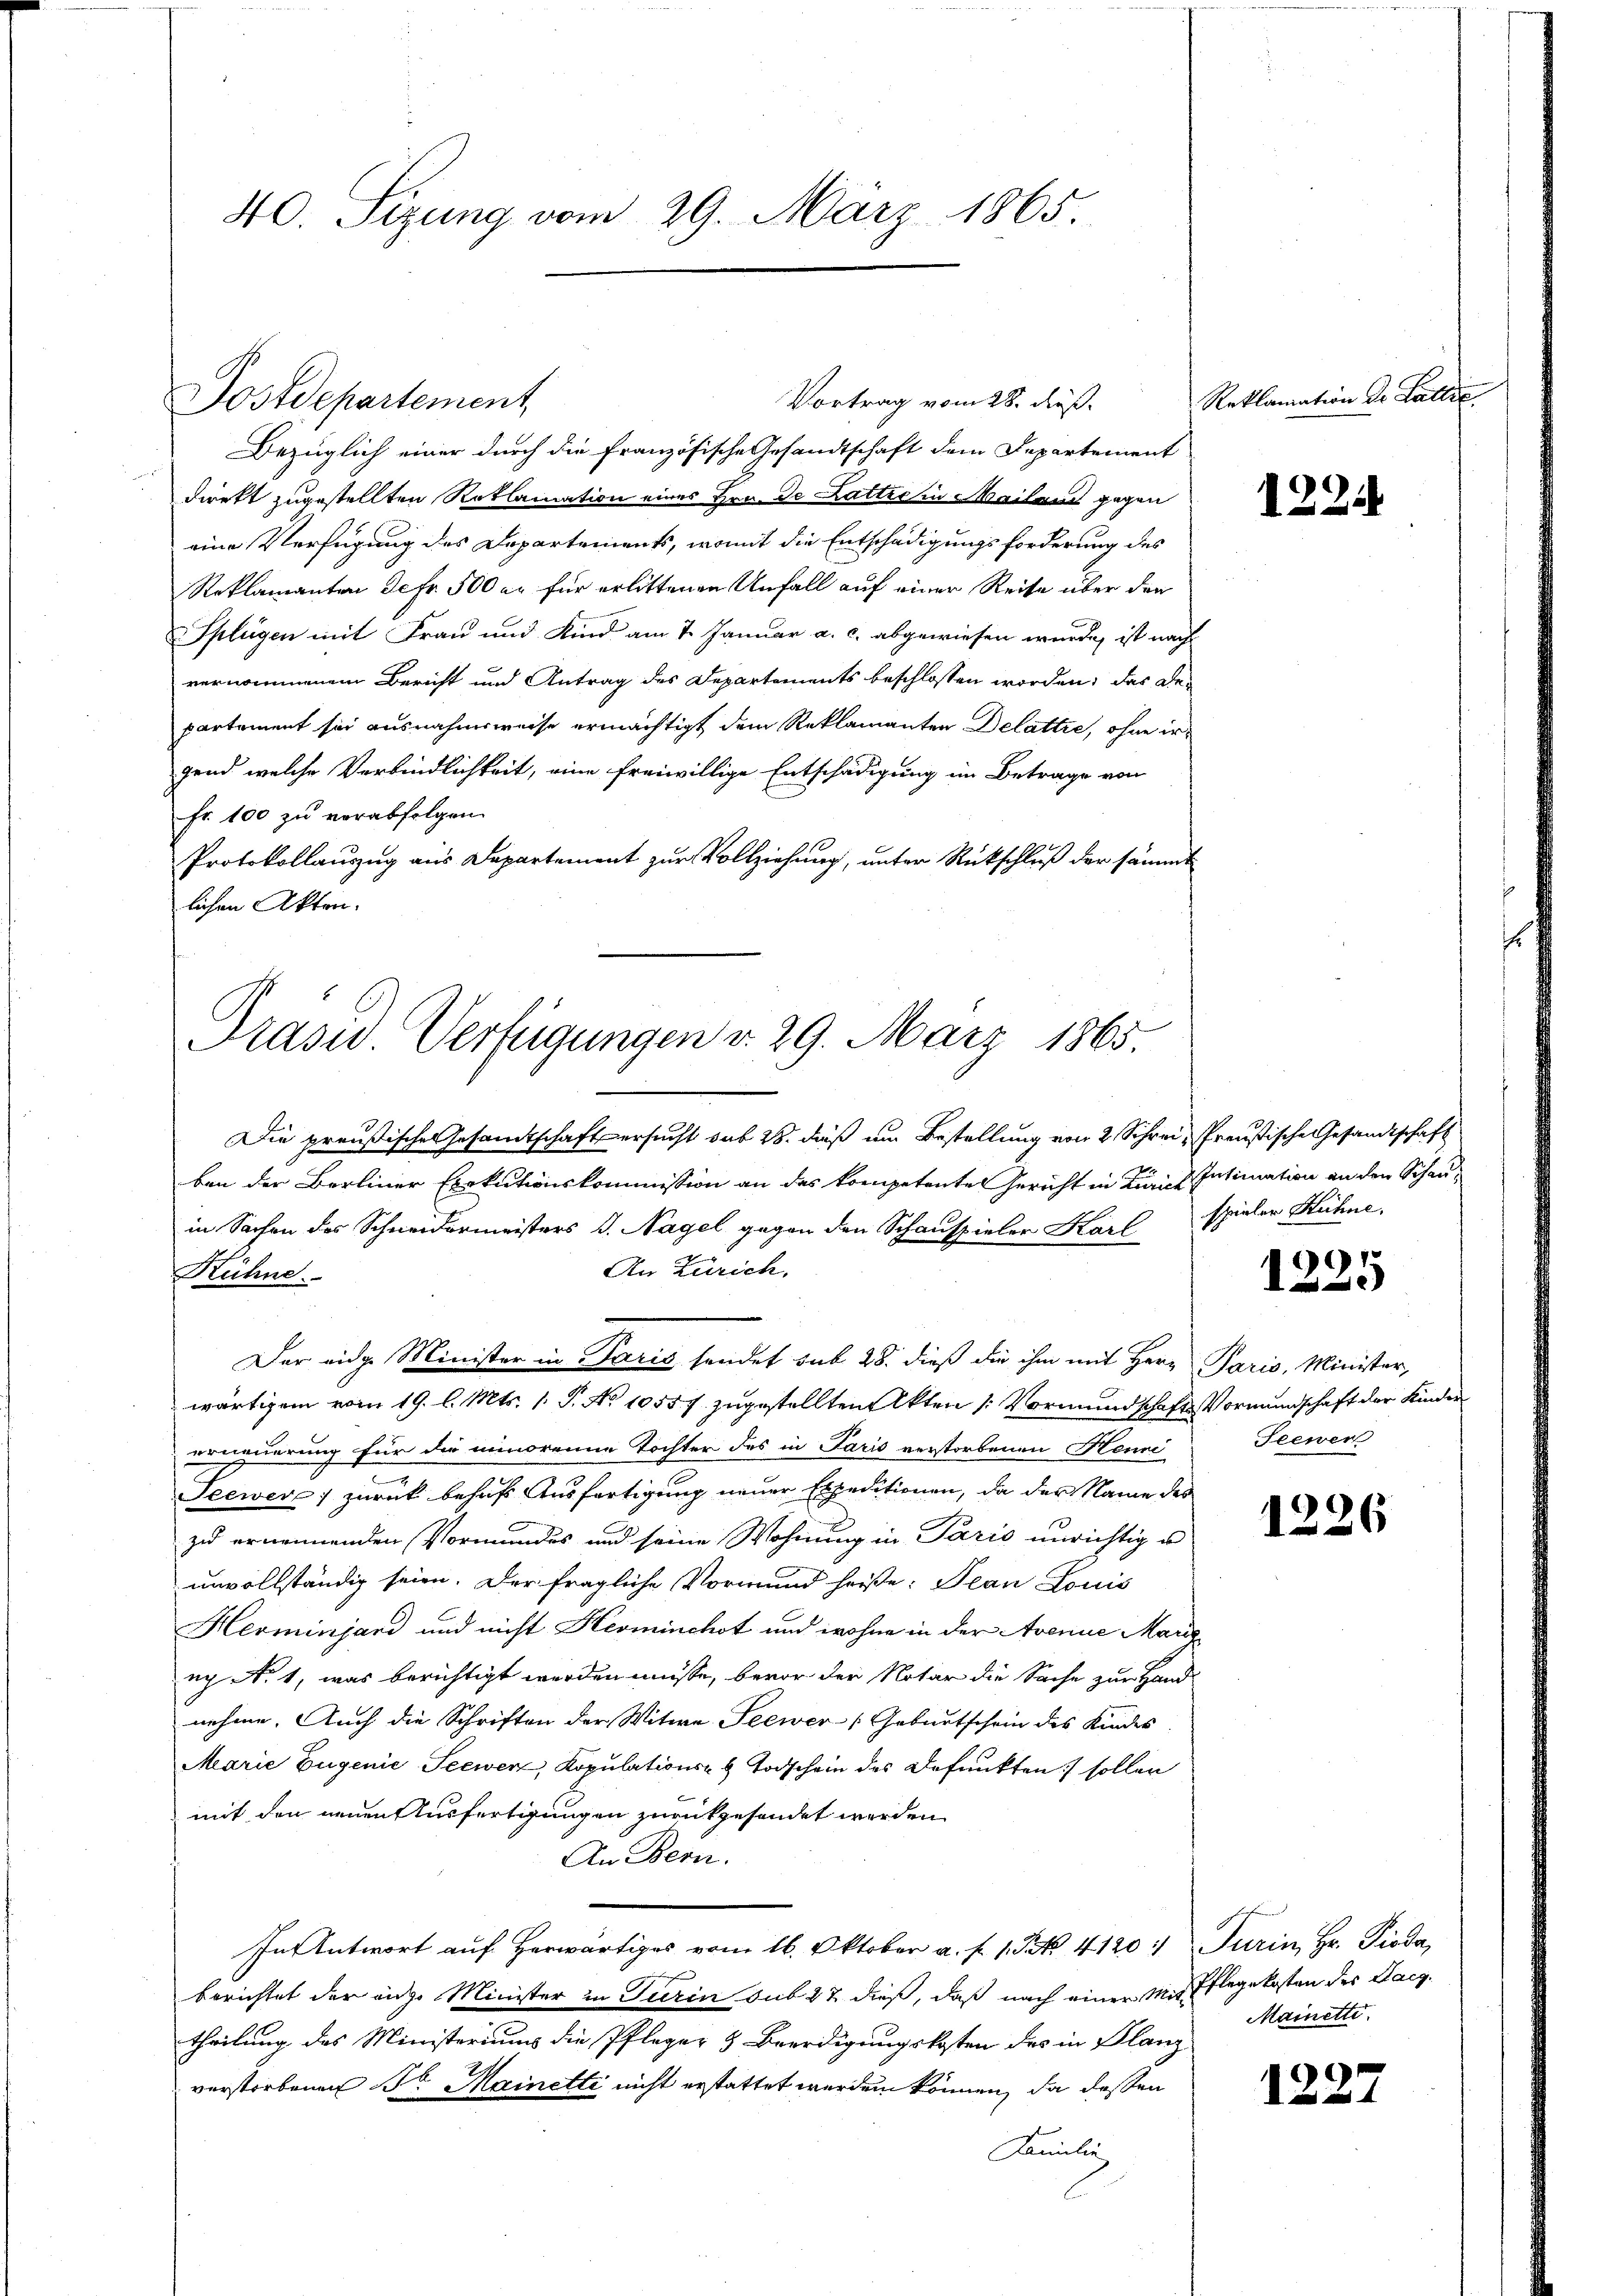
Bezüglich einer durch die Französische Gesandtschaft dem Departement
direkt zugestellten Roklamation eines Hrn. De Lattre in Mailand gegen
eine Verfügung des Departements, womit die Entschädigungsforderung des
Reklamanten Jefr. 500 er für erlittenen Unfall auf einer Reise über den
Splügen mit Frau und Kind am 7. Januar a. c. abgewiesen wurde, ist nach
vernommenem Bericht und Antrag des Departements beschlossen worden; das der
partement sei ausnahmsweise ermächtigt dem Reklamanten Delattre, ohne irgend welche Verbindlichkeit, eine freiwillige Entschädigung im Betrage von
Fr. 100 zu verabfolgen.
Protokollauszug aus Departement zur Vollziehung, unter Rückschluß der sämmt
lichen Akten.

Postdepartement

Prasw. Verfügungen v. 29. März 1865.

40. Segung vom 29. März 1865.

Vortrag vom 28. dieß.

Die preußische Gesandtschaft ersucht sub 28. daß um Bestellung von 2 Schrei, Preußische Gesandtschaft
ben der Berliner Exekutionskommission an das kompetente Gericht in Kurie Intimation an den Schauin Sachen des Schneidermeisters J. Nagel gegen den Schauspieler Karl
An Zürich.
Rühne
Der eidge Minister in Paris sendet sub 28. dieß die ihm mit Herr Paris, Minister,
wärtigem vom 19. l. Mts. 1. P. No 10557 zugestellten Akten (: Vormundschaft Vormundschaft der Kinder
erneuerung für die minorenne Tochter des in Paris verstorbenen Henni
Seewere; zurück behufs Ausfertigung neuer Expeditionen, da der Name des
zu ernennenden Vormundes und seine Wohnung in Paris unrichtig u
unvollständig seien. Der fragliche Vormund heiße: Jean Louis
Herminjand und nicht Herminchot und wohne in der Avenue Marie
ex A. 1, was berichtigt werden müsse, bevor der Notar die Sache zur Hand
nehme. Auch die Schriften der Witwe Seewer Geburtschein des Kindes
Marie Eugenie-Seewenz, Kopulations- & Todschein des Befunkten sollen
mit den neuen Ausfertigungen zurückgesendet werden
An Bern.
In Antwort auf herwärtiges vom 16. Oktober a. f. 1. Frk. 4120. Turin, Hr. Pioda,
berichtet der ange Minister in Turin sub 27 dieß, daß nach einer Mit Pflegekosten des Langtheilung des Ministeriums die Pfleger & Beerdigungskosten des in Planz
verstorbenen Sr. Mainetti nicht erstattet werden können, da dessen
Familie

Reklamation de Latlic

1224

spieler Hühne.

p
122.

Seewen

1226

Mainetti.

1227